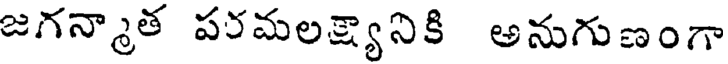
జగన్మాత పరమలక్ష్యానికి అనుగుణంగా